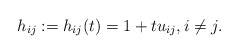
\begin{gather*} h_{ij}:= h_{ij}(t)= 1+t u_{ij}, i \not= j. \end{gather*}